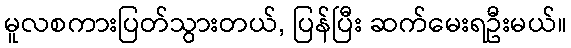
မူလစကားပြတ်သွားတယ်, ပြန်ပြီး ဆက်မေးရဦးမယ်။